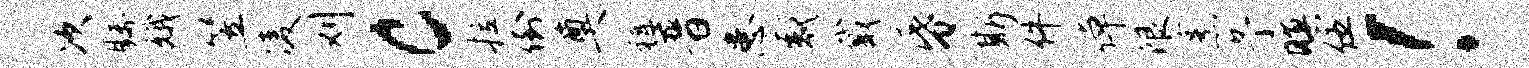
次瞩娥笠凌刈c拉倒奠裤晋患感戴昏斯件倬限烹予暝伍！